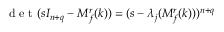
\mathrm { ~ d ~ e ~ t ~ } ( s I _ { n + q } - M _ { f } ^ { r } ( k ) ) = ( s - \lambda _ { j } ( M _ { f } ^ { r } ( k ) ) ) ^ { n + q }